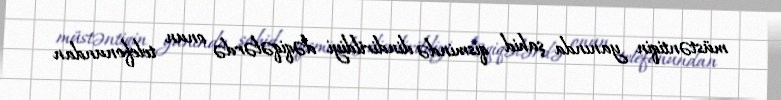
müstəntiqin yanında şahid qismində dindirildiyi dəqiqələrdə onun telefonundan